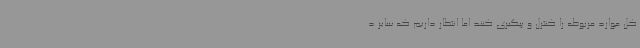
کل موارد مربوطه را کنترل و پیگیری کنند اما انتظار داریم که سایر د